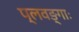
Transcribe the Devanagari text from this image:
प्लवङ्गाः